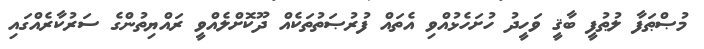
މުޞްޠަފާ ލުޠުފީ ބާޤީ ވަހީދު ހުށަހެޅުއްވި އެތައް ފުރުޞަތުތަކެއް ދޫކޮށްލެއްވީ ރައްޔިތުންގެ ސަރުކާރެއްގައި